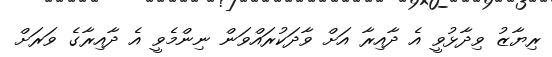
ރިޔާޒު ވިދާޅުވީ އެ ދާއިރާ އަށް ވާދަކުރައްވަން ނިންމެވީ އެ ދާއިރާގެ ވަރަށް